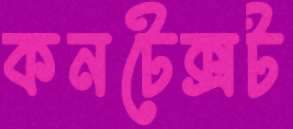
কনটেক্সট